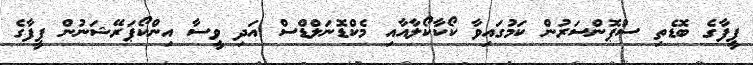
ފީފާގެ ބޮޑެތި ސްޕޮންސަރުން ކަމުގައިވާ ކޯކާކޯލާއާއި މެކްޑޮނަލްޑްސް އަދި ވީސާ އިންކޯޕަރޭޝަނުން ފީފާގެ